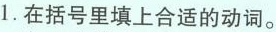
1.在括号里填上合适的动词。